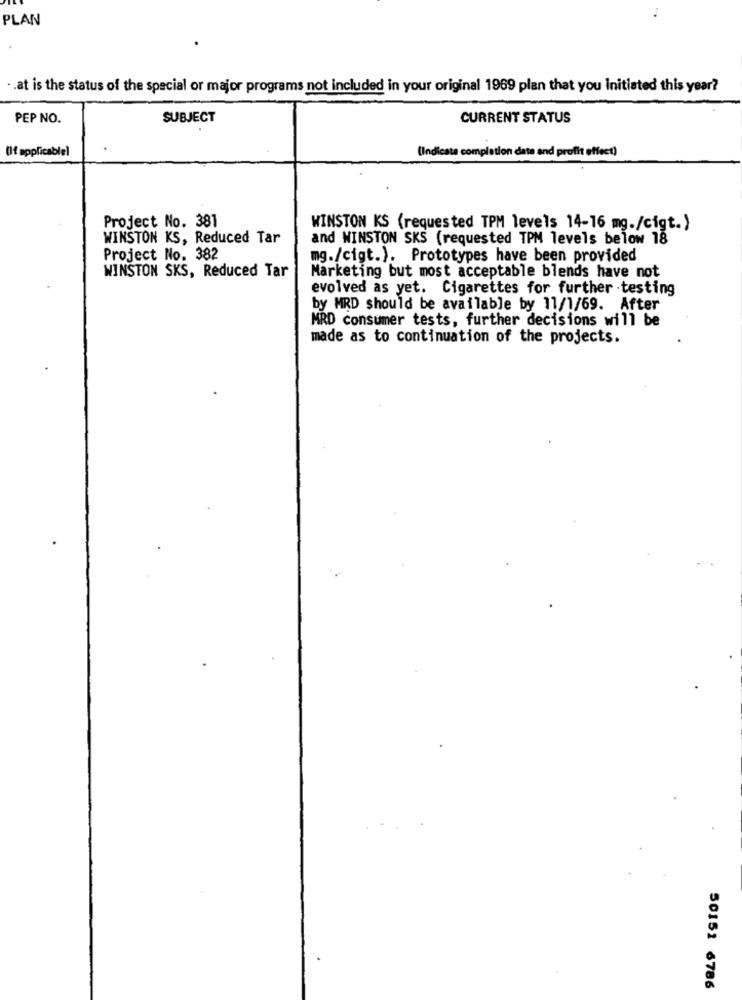
PLAN
.at is the status of the special or major programs not included in your original 1969 plan that you Initiated this year?
PEP NO.
SUBJECT
CURRENT STATUS
(If applicable)
(Indicate completion date and profit effect)
Project No. 381
WINSTON KS (requested TPM levels 14-16 mg./cigt.)
WINSTON KS, Reduced Tar
and WINSTON SKS (requested TPM levels below 18
Project No. 382
mg./cigt.). Prototypes have been provided
WINSTON SKS, Reduced Tar
Marketing but most acceptable blends have not
evolved as yet. Cigarettes for further .testing
by MRD should be available by 11/1/69. After
MRD consumer tests, further decisions will be
made as to continuation of the projects.
50152 6786